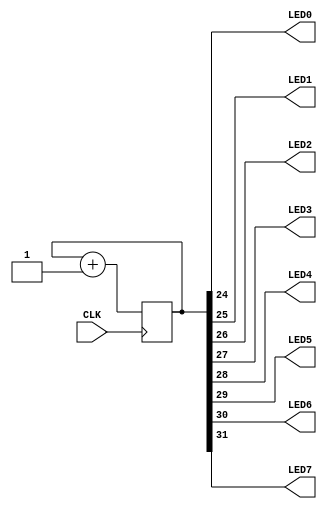
//------------------------------------------------------------------
//-- Contador de 8 bits con prescaler
//-- Parametro N: Numero de bits para usar en el prescaler
//-- Board: icezum
//------------------------------------------------------------------
`default_nettype none


module top(input wire CLK,
           output wire LED0,
           output wire LED1,
           output wire LED2,
           output wire LED3,
           output wire LED4,
           output wire LED5,
           output wire LED6,
           output wire LED7);

//-- Bits del prescaler
parameter N = 24;

//-- Registro para almacenar la cuenta
reg [N-1 + 8:0] counter = 0;

always @ (posedge CLK) begin
  counter <= counter + 1;
end

//-- Sacar los 8 bits mas significativos como salida del contador por los leds
assign {LED7, LED6, LED5, LED4, LED3, LED2, LED1, LED0} = counter[7+N:N];

endmodule